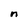
Character: n